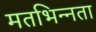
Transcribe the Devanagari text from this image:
मतभिन्‍नता